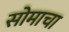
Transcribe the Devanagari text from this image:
सोमाचा